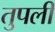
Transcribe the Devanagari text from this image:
तुपली